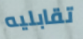
تقابليه